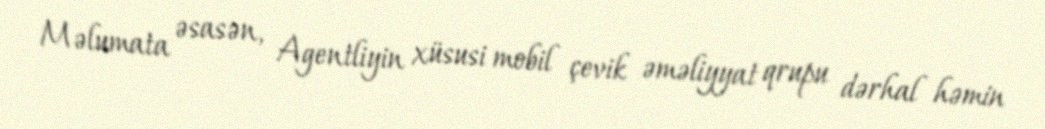
Məlumata əsasən, Agentliyin xüsusi mobil çevik əməliyyat qrupu dərhal həmin